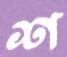
শ